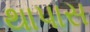
થાપાસ